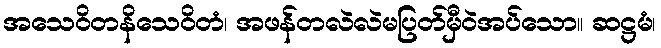
အသေဝိတနိသေဝိတံ၊ အဖန်တလဲလဲမပြတ်မှီဝဲအပ်သော။ ဆဋ္ဌမံ၊